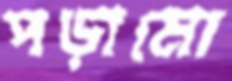
পড়ামো